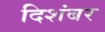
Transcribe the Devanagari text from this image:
दिशंबर